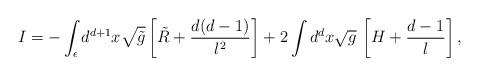
LaTeX: \begin{align*} I = - \int_\epsilon d^{d+1}x \sqrt{\tilde g} \left[\tilde R +\frac{d(d-1)}{l^2} \right] + 2 \int d^dx \sqrt{g}\, \left[H+\frac{d-1}l\right],\end{align*}